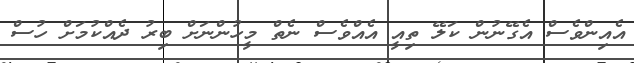
އެއިންވެސް އެގޭނުން ކަލޭ ތިއީ އެއްވެސް ނެތް މީހުންނަށް ބިރު ދެއްކުމަށް ހުސް